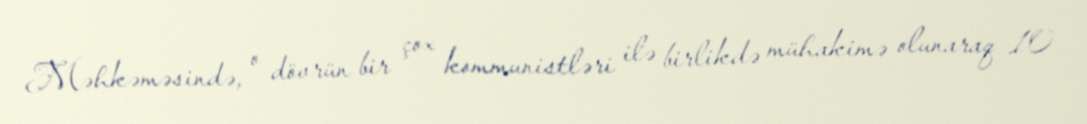
Məhkəməsində, o dövrün bir çox kommunistləri ilə birlikdə mühakimə olunaraq 10